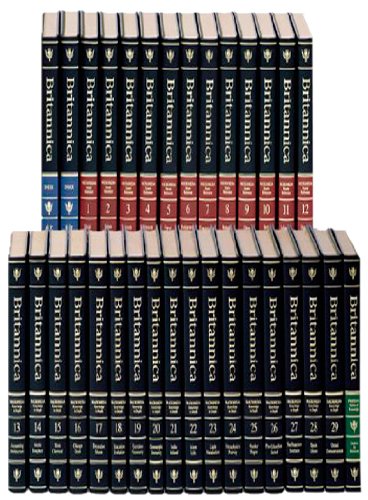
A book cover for The New Encyclopaedia Britannica (Encyclopaedia); Reference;